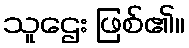
သူဌေး ဖြစ်၏။